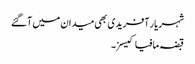
شہریار آفریدی بھی میدان میں آگئے
قبضہ مافیا کیسز۔